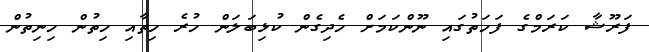
ފަރޫޝާ ކަރަމްގެ ފަހަތުގައި ނޫންކަމަށް ހެދިގެން ކުޅިބަލަން ހުރެ ހިތާއި ހިތުން ހިނިތުން